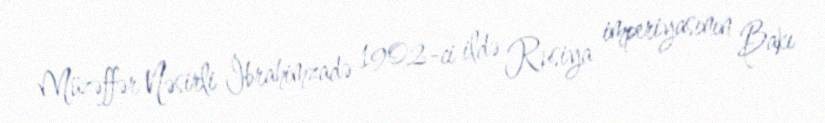
Müzəffər Nəsirli İbrahimzadə 1902-ci ildə Rusiya imperiyasının Bakı